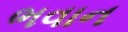
ભવાન